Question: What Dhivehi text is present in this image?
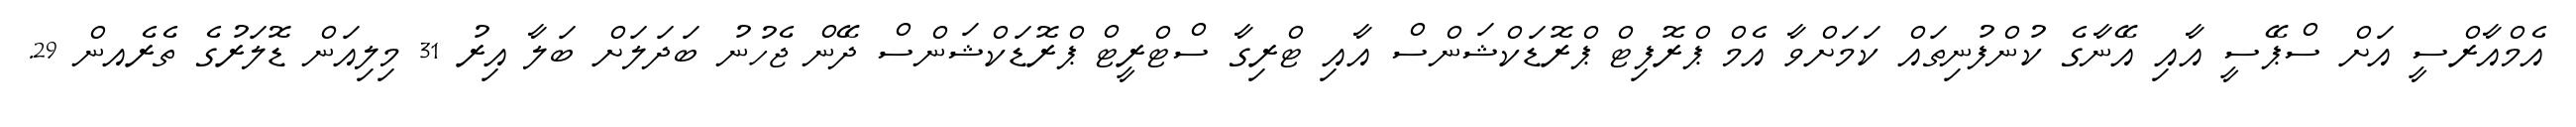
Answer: އެމްއާރްސީ އަށް ސްޕޭސީ އާއި އޭނާގެ ކުންފުނިތައް ކަމަށްވާ އެމް ޕްރޮފިޓް ޕްރޮޑަކްޝަންސް އާއި ޓްރިގާ ސްޓްރީޓް ޕްރޮޑަކްޝަންސް ދޭން ޖެހުނު ބަދަލަށް ބަލާ އިރު 31 މިލިއަން ޑޮލަރުގެ ތެރެއން 29.